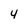
Character: 4